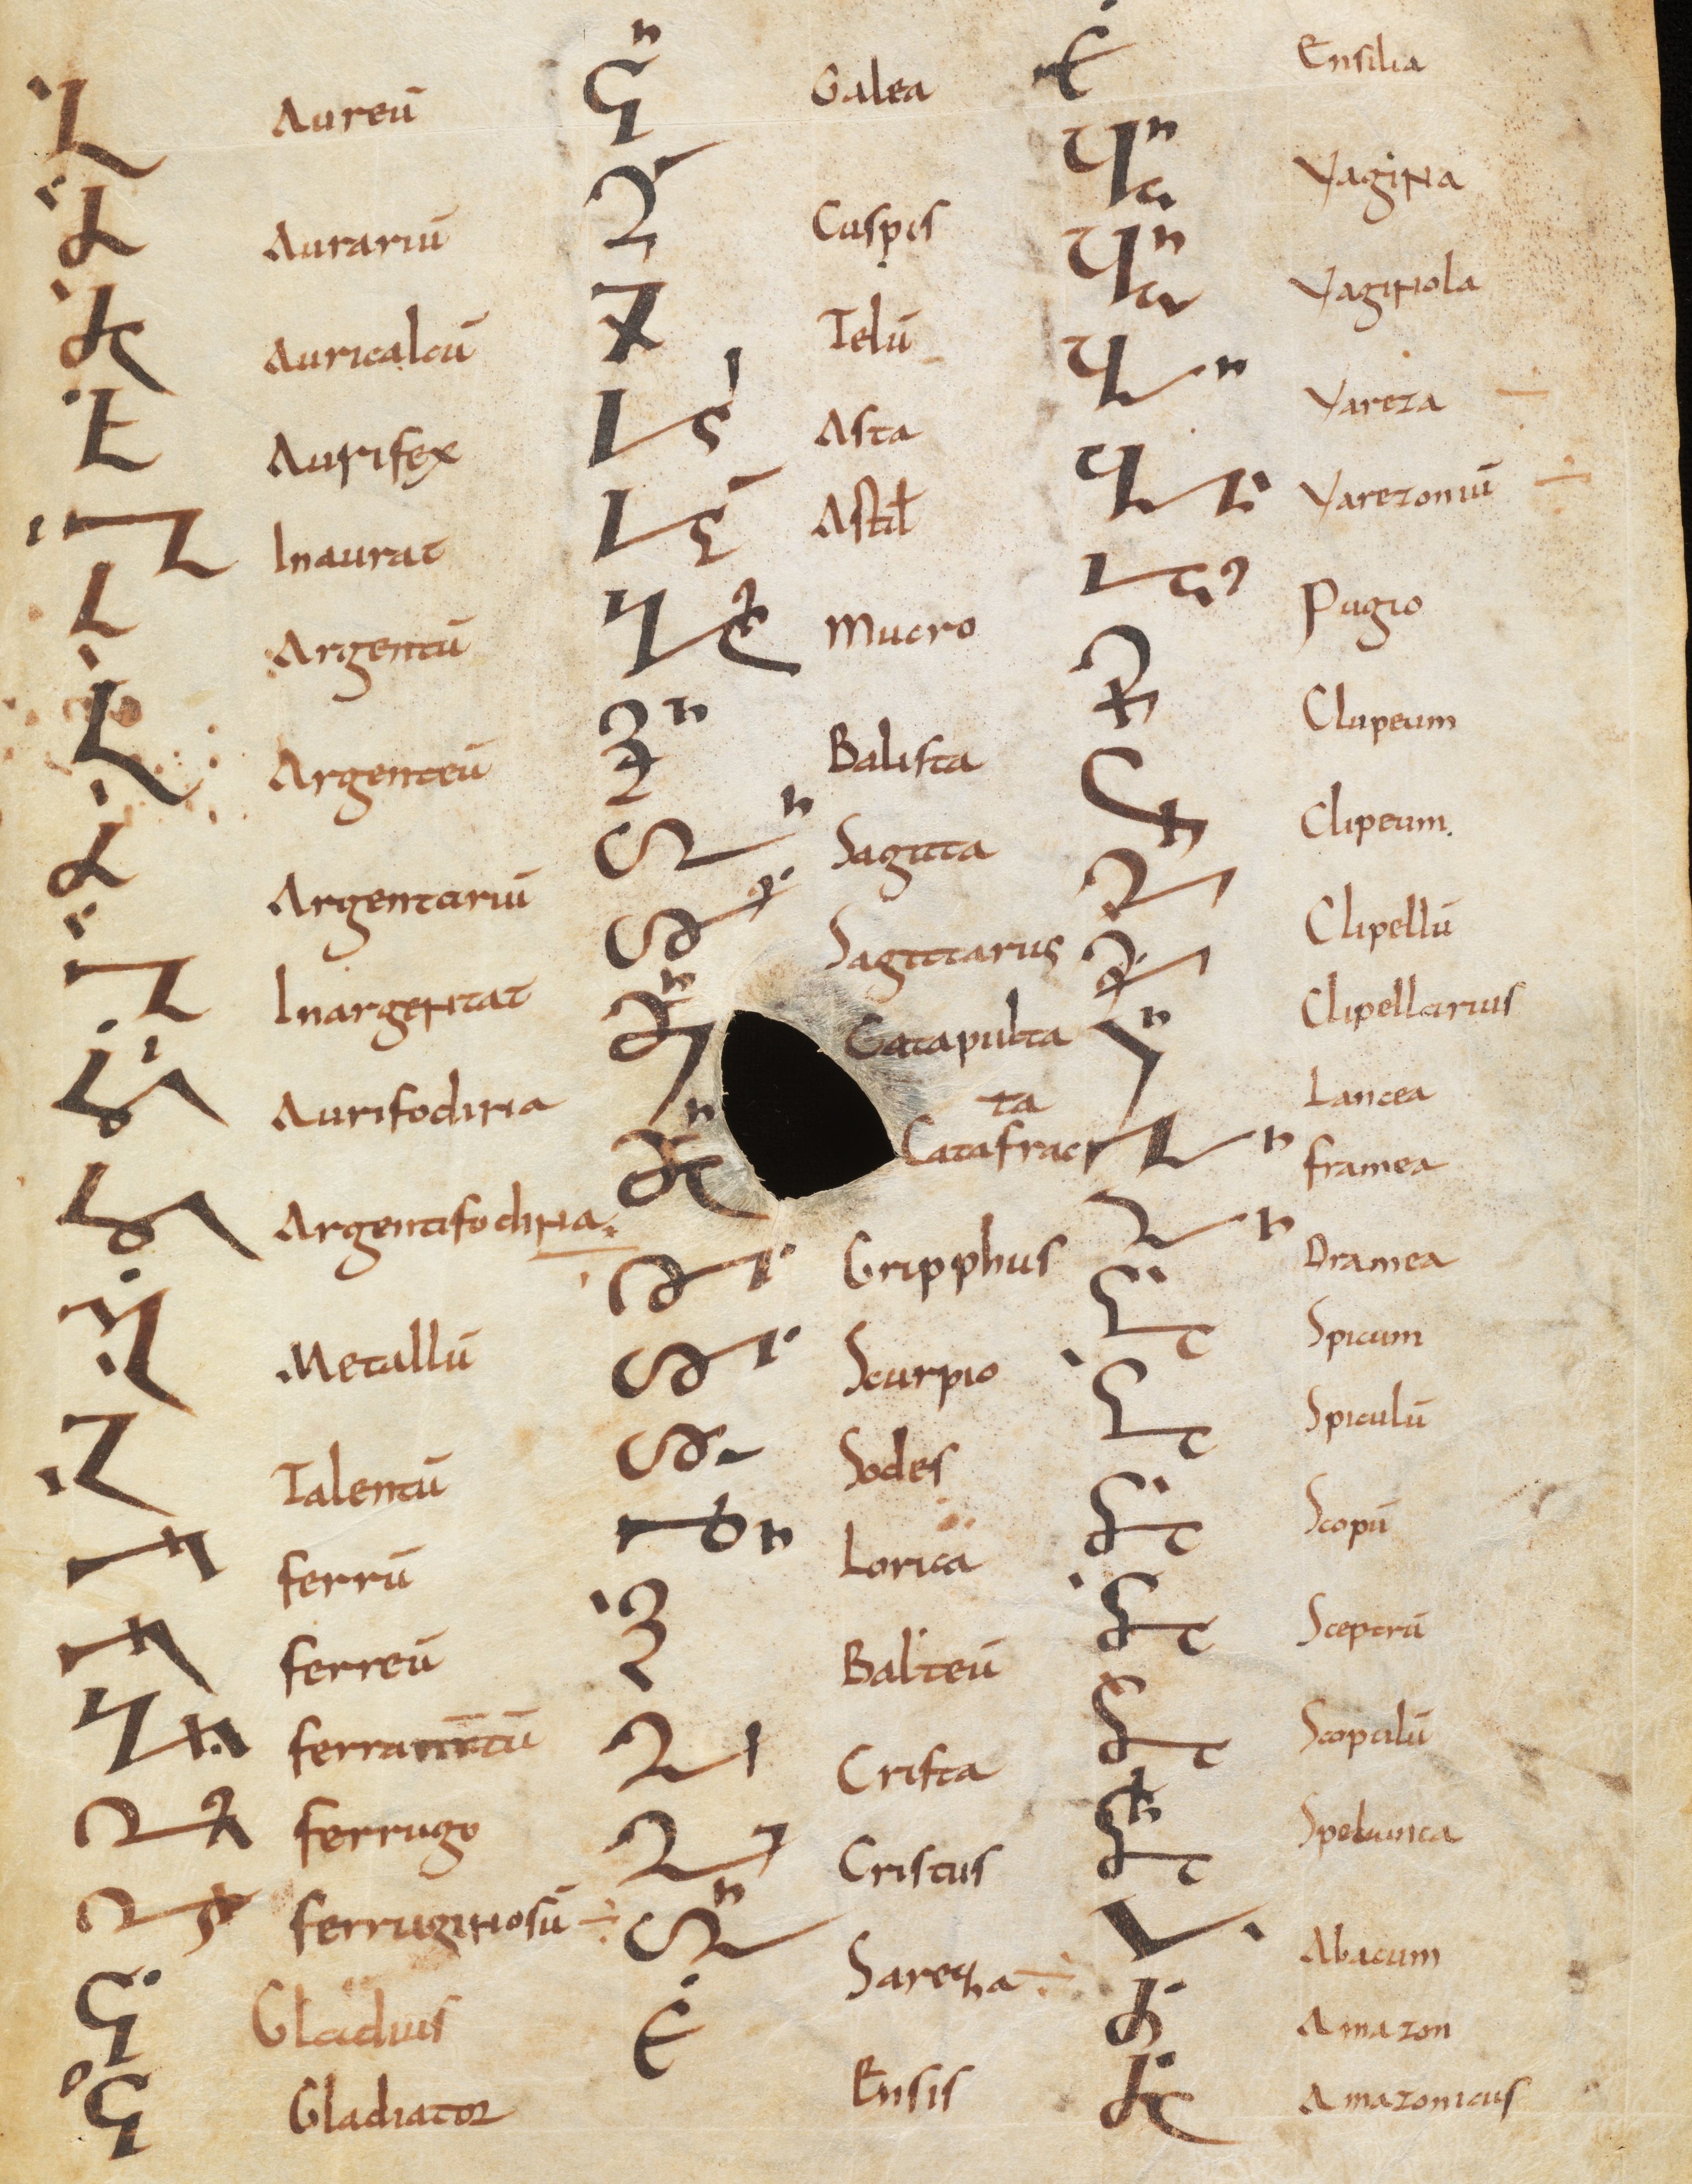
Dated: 800–899